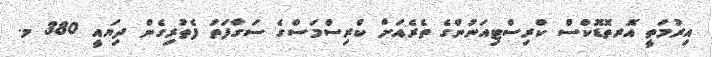
އިރުމަތީ އޮރތޮޑޮކްސް ކްރިސްޓިއަނުންގެ ތެރެއަށް ކްރިސްމަސްގެ ސަގާފަތު ފެތުރިގެން ދިޔައީ 380 މ.